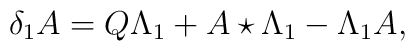
\delta _{1} A=Q \Lambda _{1} +A \star \Lambda _{1} - \Lambda _{1} A,